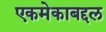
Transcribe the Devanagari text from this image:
एकमेकाबद्दल